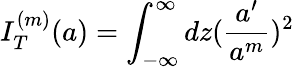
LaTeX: I_{T}^{(m)}(a)=\int_{-\infty}^{\infty}dz(\frac{a^{\prime}}{a^{m}})^{2}